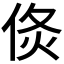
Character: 𠊅